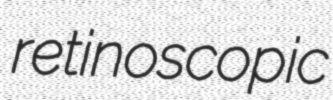
retinoscopic